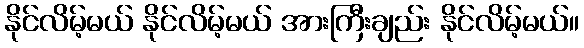
နိုင်လိမ့်မယ် နိုင်လိမ့်မယ် အားကြီးချည်း နိုင်လိမ့်မယ်။